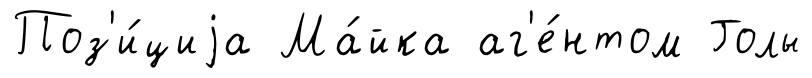
Поз'и́циjа Ма́йка аг'е́нтом Голы